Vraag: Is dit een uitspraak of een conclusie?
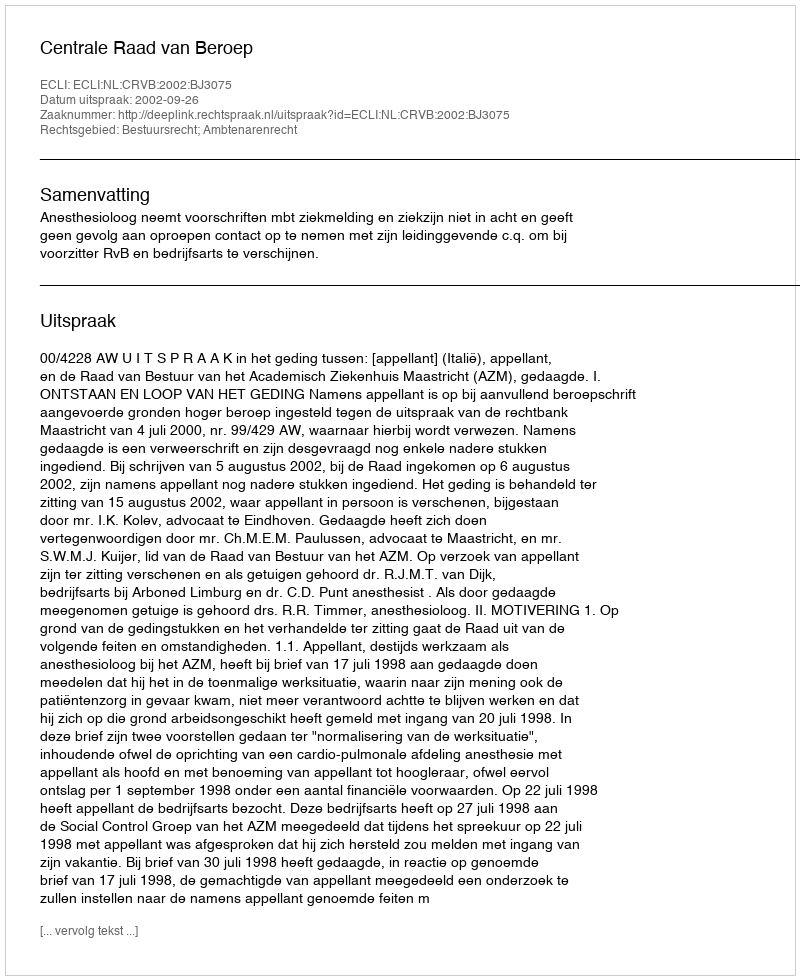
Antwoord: Uitspraak